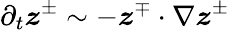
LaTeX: \partial_{t}\boldsymbol{z}^{\pm}\sim-\boldsymbol{z}^{\mp}\cdot\nabla\boldsymbol{z}^{\pm}